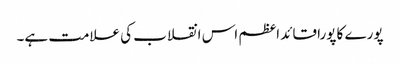
پورے کا پورا قائد اعظم اس انقلاب کی علامت ہے۔